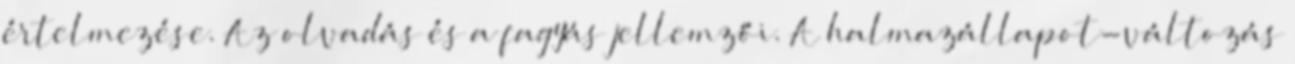
értelmezése. Az olvadás és a fagyás jellemzői. A halmazállapot-változás